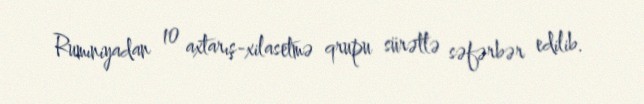
Rumıniyadan 10 axtarış-xilasetmə qrupu sürətlə səfərbər edilib.